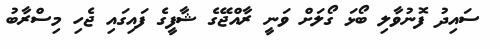
ސައިދު ފޮނުވާލި ބޯޅަ ގޯލަށް ވަނީ ރާއްޖޭގެ ޝާފީގެ ފައިގައި ޖެހި މިސްރާބު